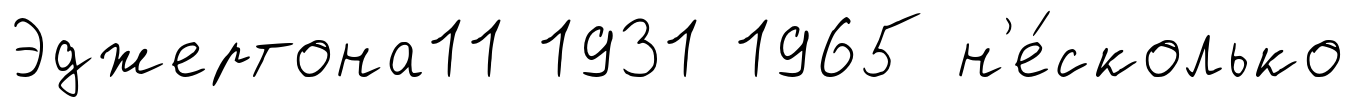
Эджертона11 1931 1965 н'е́сколько